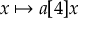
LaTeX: x \mapsto a [ 4 ] x